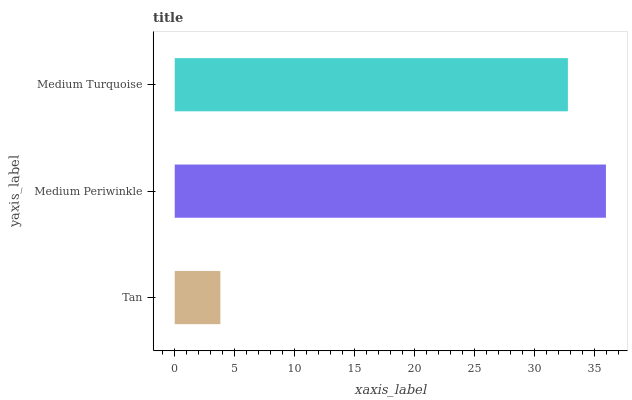
| yaxis_label | bars |
 | --- | --- |
 | Tan | 3.8 |
 | Medium Periwinkle | 35.9 |
 | Medium Turquoise | 32.8 |